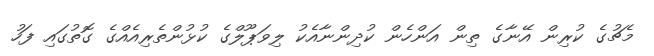
މެޗުގެ ކުރިން އޭނާގެ ތިން އަންހެން ކުދިންނާއެކު ލިވަޕޫލްގެ ކުޅުންތެރިއެއްގެ ގޮތުގައި ފަހު